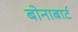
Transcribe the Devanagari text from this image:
बोनाबार्ट